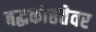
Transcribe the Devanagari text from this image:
बद्धकोष्ठतेवर